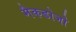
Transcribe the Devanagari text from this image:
मैकडोजो